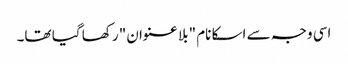
اسی وجہ سے اسکا نام "بلا عنوان" رکھا گیا تھا۔